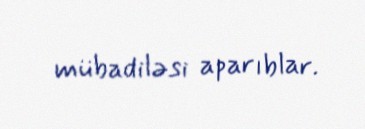
mübadiləsi aparıblar.